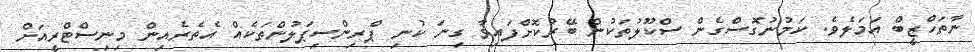
ނާތަހްޒީބް އަމަލެވެ. ކަމުނުގޮސްގެން ސްކޫލުތަކުން ބޭރުކޮށްފައިވާ ގިނަ ކުނި ޕްރިންސިޕަލުންތަކެއް އެތެރެއިން މިނިސްޓްރީއަށް